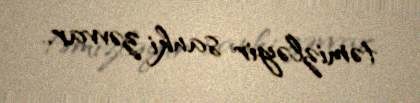
təmizləyir sanki zəvvar..